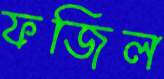
ফজিল